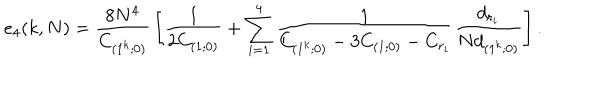
e _ { 4 } ( k , N ) = { \frac { 8 N ^ { 4 } } { C _ { ( 1 ^ { k } ; 0 ) } } } \left[ { \frac { 1 } { 2 C _ { ( 1 ; 0 ) } } } + \sum _ { i = 1 } ^ { 4 } { \frac { 1 } { C _ { ( 1 ^ { k } ; 0 ) } - 3 C _ { ( 1 ; 0 ) } - C _ { r _ { i } } } } { \frac { d _ { r _ { i } } } { N d _ { ( 1 ^ { k } ; 0 ) } } } \right] .